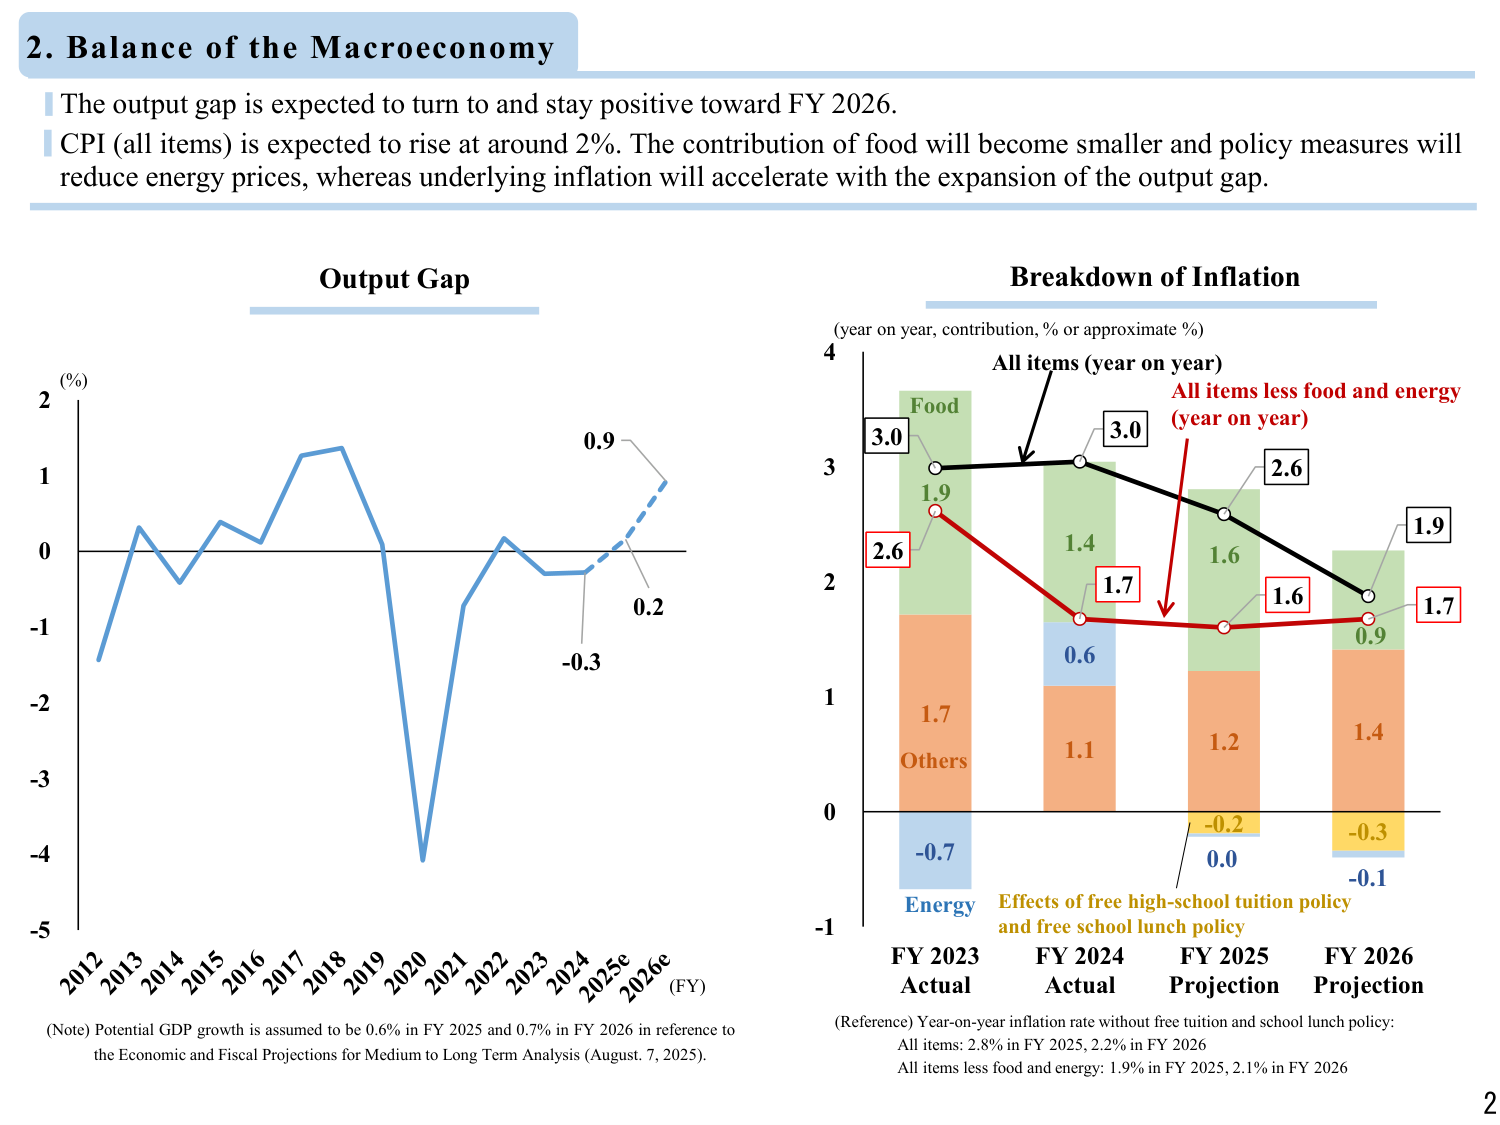
2. Balance of the Macroeconomy

The output gap is expected to turn to and stay positive toward FY 2026.
CPI (all items) is expected to rise at around 2%. The contribution of food will become smaller and policy measures will reduce energy prices, whereas underlying inflation will accelerate with the expansion of the output gap.

Output Gap
(%)
2
1
0
-1
-2
-3
-4
-5
2012 2013 2014 2015 2016 2017 2018 2019 2020 2021 2022 2023 2024 2025e 2026e (FY)
0.9
0.2
-0.3
(Note) Potential GDP growth is assumed to be 0.6% in FY 2025 and 0.7% in FY 2026 in reference to the Economic and Fiscal Projections for Medium to Long Term Analysis (August, 7, 2025).

Breakdown of Inflation
(year on year, contribution, % or approximate %)
4
3
2
1
0
-1
All items (year on year)
All items less food and energy (year on year)
Food
Others
Energy
Effects of free high-school tuition policy and free school lunch policy
3.0
2.6
1.9
1.7
0.6
1.1
1.4
1.2
-0.2
0.0
-0.3
-0.1
1.4
1.6
1.6
1.7
1.9
3.0
2.6
1.7
FY 2023 Actual
FY 2024 Actual
FY 2025 Projection
FY 2026 Projection
(Reference) Year-on-year inflation rate without free tuition and school lunch policy:
All items: 2.8% in FY 2025, 2.2% in FY 2026
All items less food and energy: 1.9% in FY 2025, 2.1% in FY 2026

2